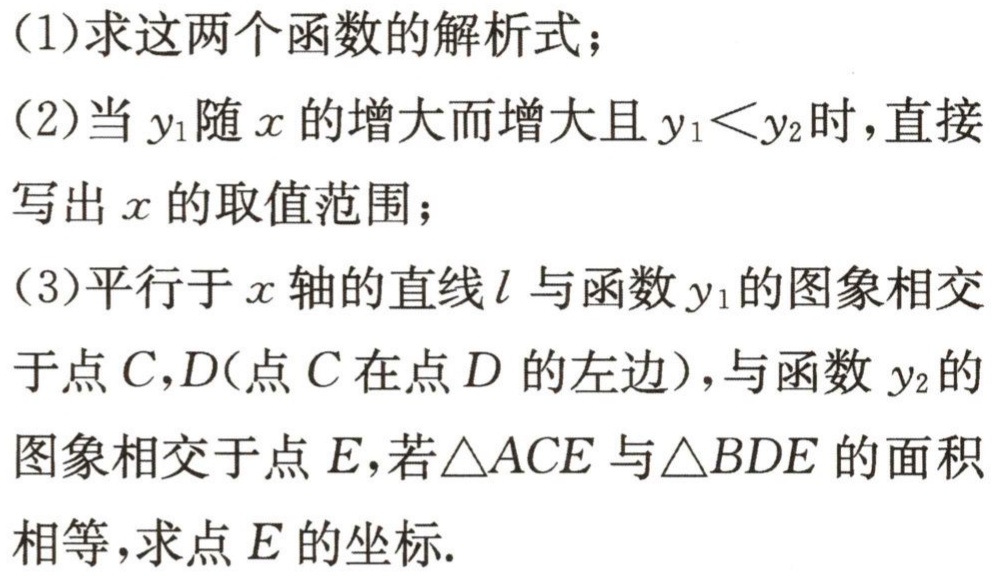
(1)求这两个函数的解析式；

(2)当$y_{1}$随$x$的增大而增大且$y_{1}<y_{2}$时，直接写出$x$的取值范围；

(3)平行于$x$轴的直线$l$与函数$y_{1}$的图象相交于点$C,D$(点$C$在点$D$的左边)，与函数$y_{2}$的图象相交于点$E$，若$\triangle ACE$与$\triangle BDE$的面积相等，求点$E$的坐标.